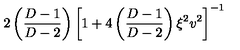
2 \left( \frac { D - 1 } { D - 2 } \right) \left[ 1 + 4 \left( \frac { D - 1 } { D - 2 } \right) \xi ^ { 2 } v ^ { 2 } \right] ^ { - 1 }